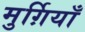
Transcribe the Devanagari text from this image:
मुर्ग़ियाँ